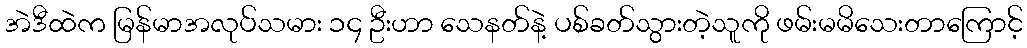
အဲဒီထဲက မြန်မာအလုပ်သမား ၁၄ ဦးဟာ သေနတ်နဲ့ ပစ်ခတ်သွားတဲ့သူကို ဖမ်းမမိသေးတာကြောင့်